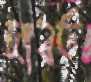
দাবত